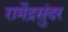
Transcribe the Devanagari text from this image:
रामेंद्रसुंदर